Lunatic asylums in Bengal annual reports 1888-1898 - 1888-1898
Year: 1888
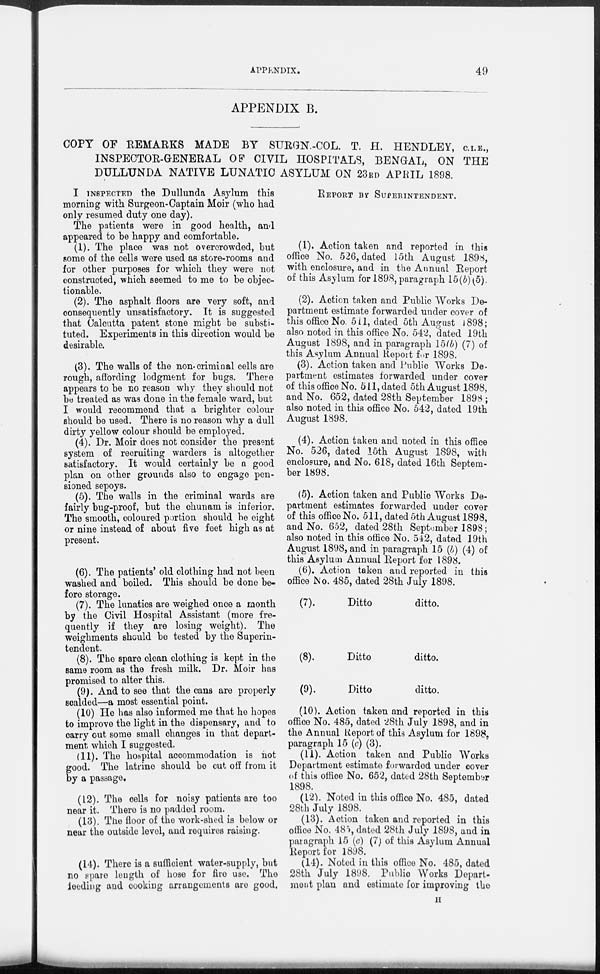
APPENDIX.
49
APPENDIX B.
COPY OF REMARKS MADE BY SURGN.-COL. T. H. HENDLEY, C.I.E.,
INSPECTOR-GENERAL OF CIVIL HOSPITALS, BENGAL, ON THE
DULLUNDA NATIVE LUNATIC ASYLUM ON 23RD APRIL 1898.
I INSPECTED the Dullunda Asylum this
morning with Surgeon-Captain Moir (who had
only resumed duty one day).
The patients were in good health, and
appeared to be happy and comfortable.
(1). The place was not overcrowded, but
some of the cells were used as store-rooms and
for other purposes for which they were not
constructed, which seemed to me to be objec-
tionable.
(2). The asphalt floors are very soft, and
consequently unsatisfactory. It is suggested
that Calcutta patent stone might be substi-
tuted. Experiments in this direction would be
desirable.
(3). The walls of the non-criminal cells are
rough, affording lodgment for bugs. There
appears to be no reason why they should not
be treated as was done in the female ward, but
I would recommend that a brighter colour
should be used. There is no reason why a dull
dirty yellow colour should be employed.
(4). Dr. Moir does not consider the present
system of recruiting warders is altogether
satisfactory. It would certainly be a good
plan on other grounds also to engage pen-
sioned sepoys.
(5). The walls in the criminal wards are
fairly bug-proof, but the chunam is inferior.
The smooth, coloured portion should be eight
or nine instead of about five feet high as at
present.
(6). The patients' old clothing had not been
washed and boiled. This should be done be-
fore storage.
(7). The lunatics are weighed once a month
by the Civil Hospital Assistant (more fre-
quently if they are losing weight). The
weighments should be tested by the Superin-
tendent.
(8). The spare clean clothing is kept in the
same room as the fresh milk. Dr. Moir has
promised to alter this.
(9). And to see that the cans are properly
scalded—a most essential point.
(10) He has also informed me that he hopes
to improve the light in the dispensary, and to
carry out some small changes in that depart-
ment which I suggested.
(11). The hospital accommodation is not
good. The latrine should be cut off from it
by a passage.
(12). The cells for noisy patients are too
near it. There is no padded room.
(13). The floor of the work-shed is below or
near the outside level, and requires raising.
(14). There is a sufficient water-supply, but
no spare length of hose for fire use. The
feeding and cooking arrangements are good.
REPORT BY SUPERINTENDENT.
(1). Action taken and reported in this
office No. 526, dated 15th August 1898,
with enclosure, and in the Annual Report
of this Asylum for 1898, paragraph 15(b)(5).
(2). Action taken and Public Works De-
partment estimate forwarded under cover of
this office No. 511, dated 5th August 1898;
also noted in this office No. 542, dated 19th
August 1898, and in paragraph 15(b) (7) of
this Asylum Annual Report for 1898.
(3). Action taken and Public Works De-
partment estimates forwarded under cover
of this office No. 511, dated 5th August 1898,
and No. 652, dated 28th September 1898 ;
also noted in this office No. 542, dated 19th
August 1898.
(4). Action taken and noted in this office
No. 526, dated 15th August 1898, with
enclosure, and No. 618, dated 16th Septem-
ber 1898.
(5). Action taken and Public Works De-
partment estimates forwarded under cover
of this office No. 511, dated 5th August 1898,
and No. 652, dated 28th September 1898;
also noted in this office No. 542, dated 19th
August 1898, and in paragraph 15 (b) (4) of
this Asylum Annual Report for 1898.
(6). Action taken and reported in this
office No. 485, dated 28th July 1898.
(7).
Ditto
ditto.
(8).
Ditto
ditto.
(9).
Ditto
ditto.
(10). Action taken and reported in this
office No. 485, dated 28th July 1898, and in
the Annual Report of this Asylum for 1898.
paragraph 15 (c) (3).
(11). Action taken and Public Works
Department estimate forwarded under cover
of this office No. 652, dated 28th September
1898.
(12). Noted in this office No. 485, dated
28th July 1898.
(13). Action taken and reported in this
office No. 485, dated 28th July 1898, and in
paragraph 15 (c) (7) of this Asylum Annual
Report for 1898.
(14). Noted in this office No. 485, dated
28th July 1898. Public Works Depart-
ment plan and estimate for improving the
II